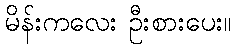
မိန်းကလေး ဦးစားပေး။